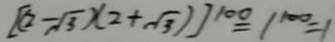
[ ( 2 - \sqrt { 3 } ) ( 2 + \sqrt { 3 } ) ] ^ { 1 0 0 } = 1 ^ { 1 0 0 } = 1